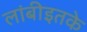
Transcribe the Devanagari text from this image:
लांबीइतके